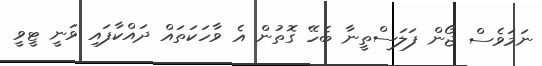
ނަމަވެސް ޖޯން ފަލަސްތީނާ ބެހޭ ގޮތުން އެ ވާހަކަތައް ދައްކާފައި ވަނީ ޓީވީ